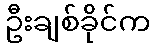
ဦးချစ်ခိုင်က